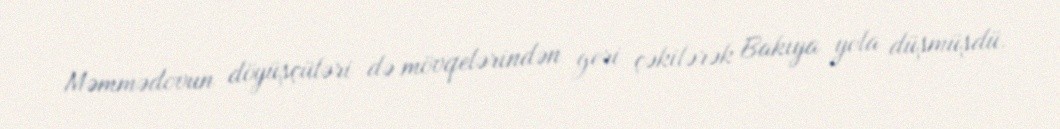
Məmmədovun döyüşçüləri də mövqelərindən geri çəkilərək Bakıya yola düşmüşdü.